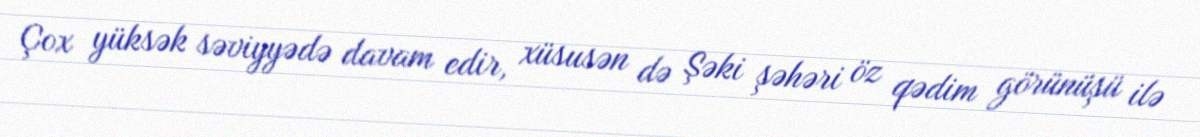
Çox yüksək səviyyədə davam edir, xüsusən də Şəki şəhəri öz qədim görünüşü ilə